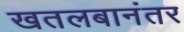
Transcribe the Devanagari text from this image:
खतलबानंतर